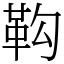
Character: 䩓